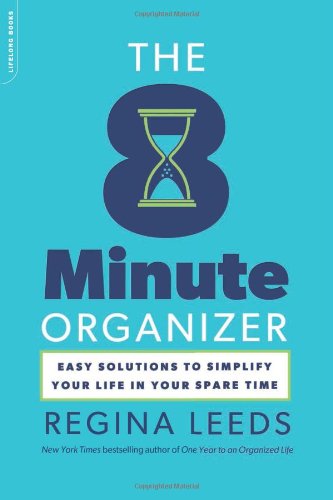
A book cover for The 8 Minute Organizer: Easy Solutions to Simplify Your Life in Your Spare Time; Regina Leeds; Crafts, Hobbies & Home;